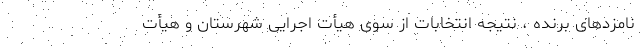
نامزدهای برنده ، نتیجه انتخابات از سوی هیأت اجرایی شهرستان و هیأت